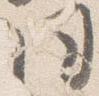
同